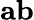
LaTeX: \mathbf{ab}